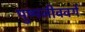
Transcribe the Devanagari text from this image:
पुष्पजीववर्ग